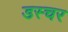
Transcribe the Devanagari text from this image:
डस्चर